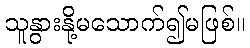
သူနွားနို့မသောက်၍မဖြစ်။